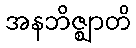
အနဘိဇ္ဈာတိ